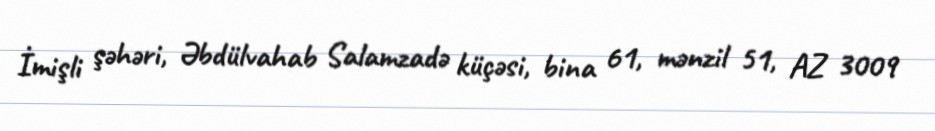
İmişli şəhəri, Əbdülvahab Salamzadə küçəsi, bina 61, mənzil 51, AZ 3009